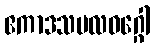
ဧကာဒသဗလဝဂ္ဂေါ